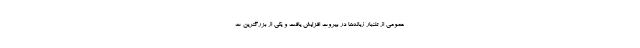
عمومی از تلنبار زباله‌ها در بیروت افزایش یافت و یکی از بزرگترین ت